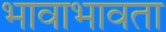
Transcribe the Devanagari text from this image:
भावाभावता